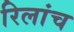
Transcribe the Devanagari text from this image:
रिलांच